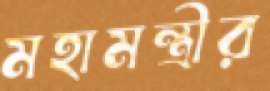
মহামন্ত্রীর